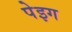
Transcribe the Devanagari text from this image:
पेइग